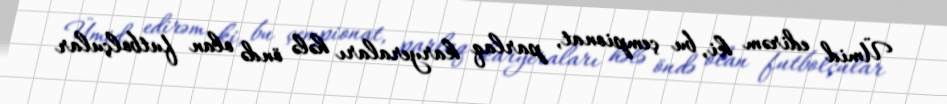
Ümid edirəm ki, bu çempionat, parlaq karyeraları hələ öndə olan futbolçular